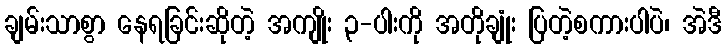
ချမ်းသာစွာ နေရခြင်းဆိုတဲ့ အကျိုး ၃-ပါးကို အတိုချုံး ပြတဲ့စကားပါပဲ၊ အဲဒီ